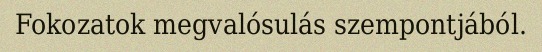
Fokozatok megvalósulás szempontjából.